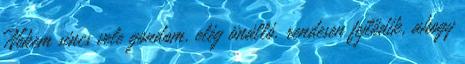
Nekem sincs vele gondom, elég önálló, rendesen fejlődik, ahogy